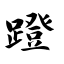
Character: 蹬